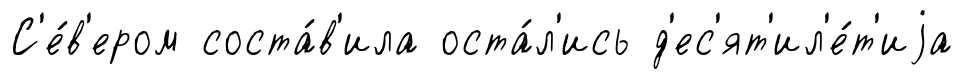
С'е́в'ером соста́в'ила оста́л'ись д'ес'ят'ил'е́т'иjа